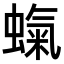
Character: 𧎵